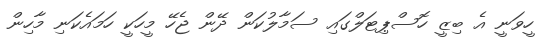
ހީވަނީ އެ ބިޒީ ހޮސްޕިޓަލްގައި ސަމާލުކަން ދޭން ޖެހޭ މީހަކީ ހަމައެކަނި މާހިން